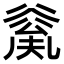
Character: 𠔲